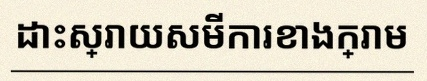
ដោះស្រាយសមីការខាងក្រោម